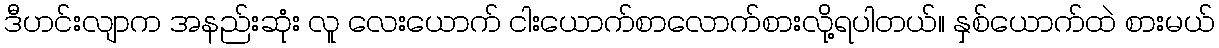
ဒီဟင်းလျာက အနည်းဆုံး လူ လေးယောက် ငါးယောက်စာလောက်စားလို့ရပါတယ်။ နှစ်ယောက်ထဲ စားမယ်